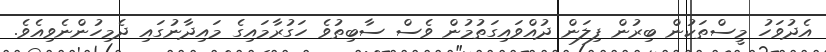
އެދުވަހު މީސްތަކުން ބިރުން ފިލަން ދުއްވައިގަތުމުން ވެސް ސާބިތުވެ ހަގުރާމައިގެ މައިދާނުގައި ދެމިހުންނެވިއެވެ.